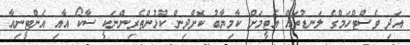
އަދި ވެސްޓްހަމްގެ ލަނޑުތައް އެޓީމަށް ކާމިޔާބު ކޮށްދިން ކުޅުންތެރިންނަކީ ސާކޯ އާއި އެންޓީނިއާ